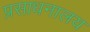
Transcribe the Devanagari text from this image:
प्रसाधनालय